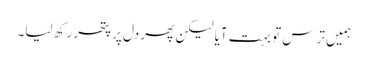
ہمیں ترس تو بہت آیا لیکن پھر دل پر پتھر رکھ لیا۔